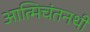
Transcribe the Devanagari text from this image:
आत्मिचंतनथी